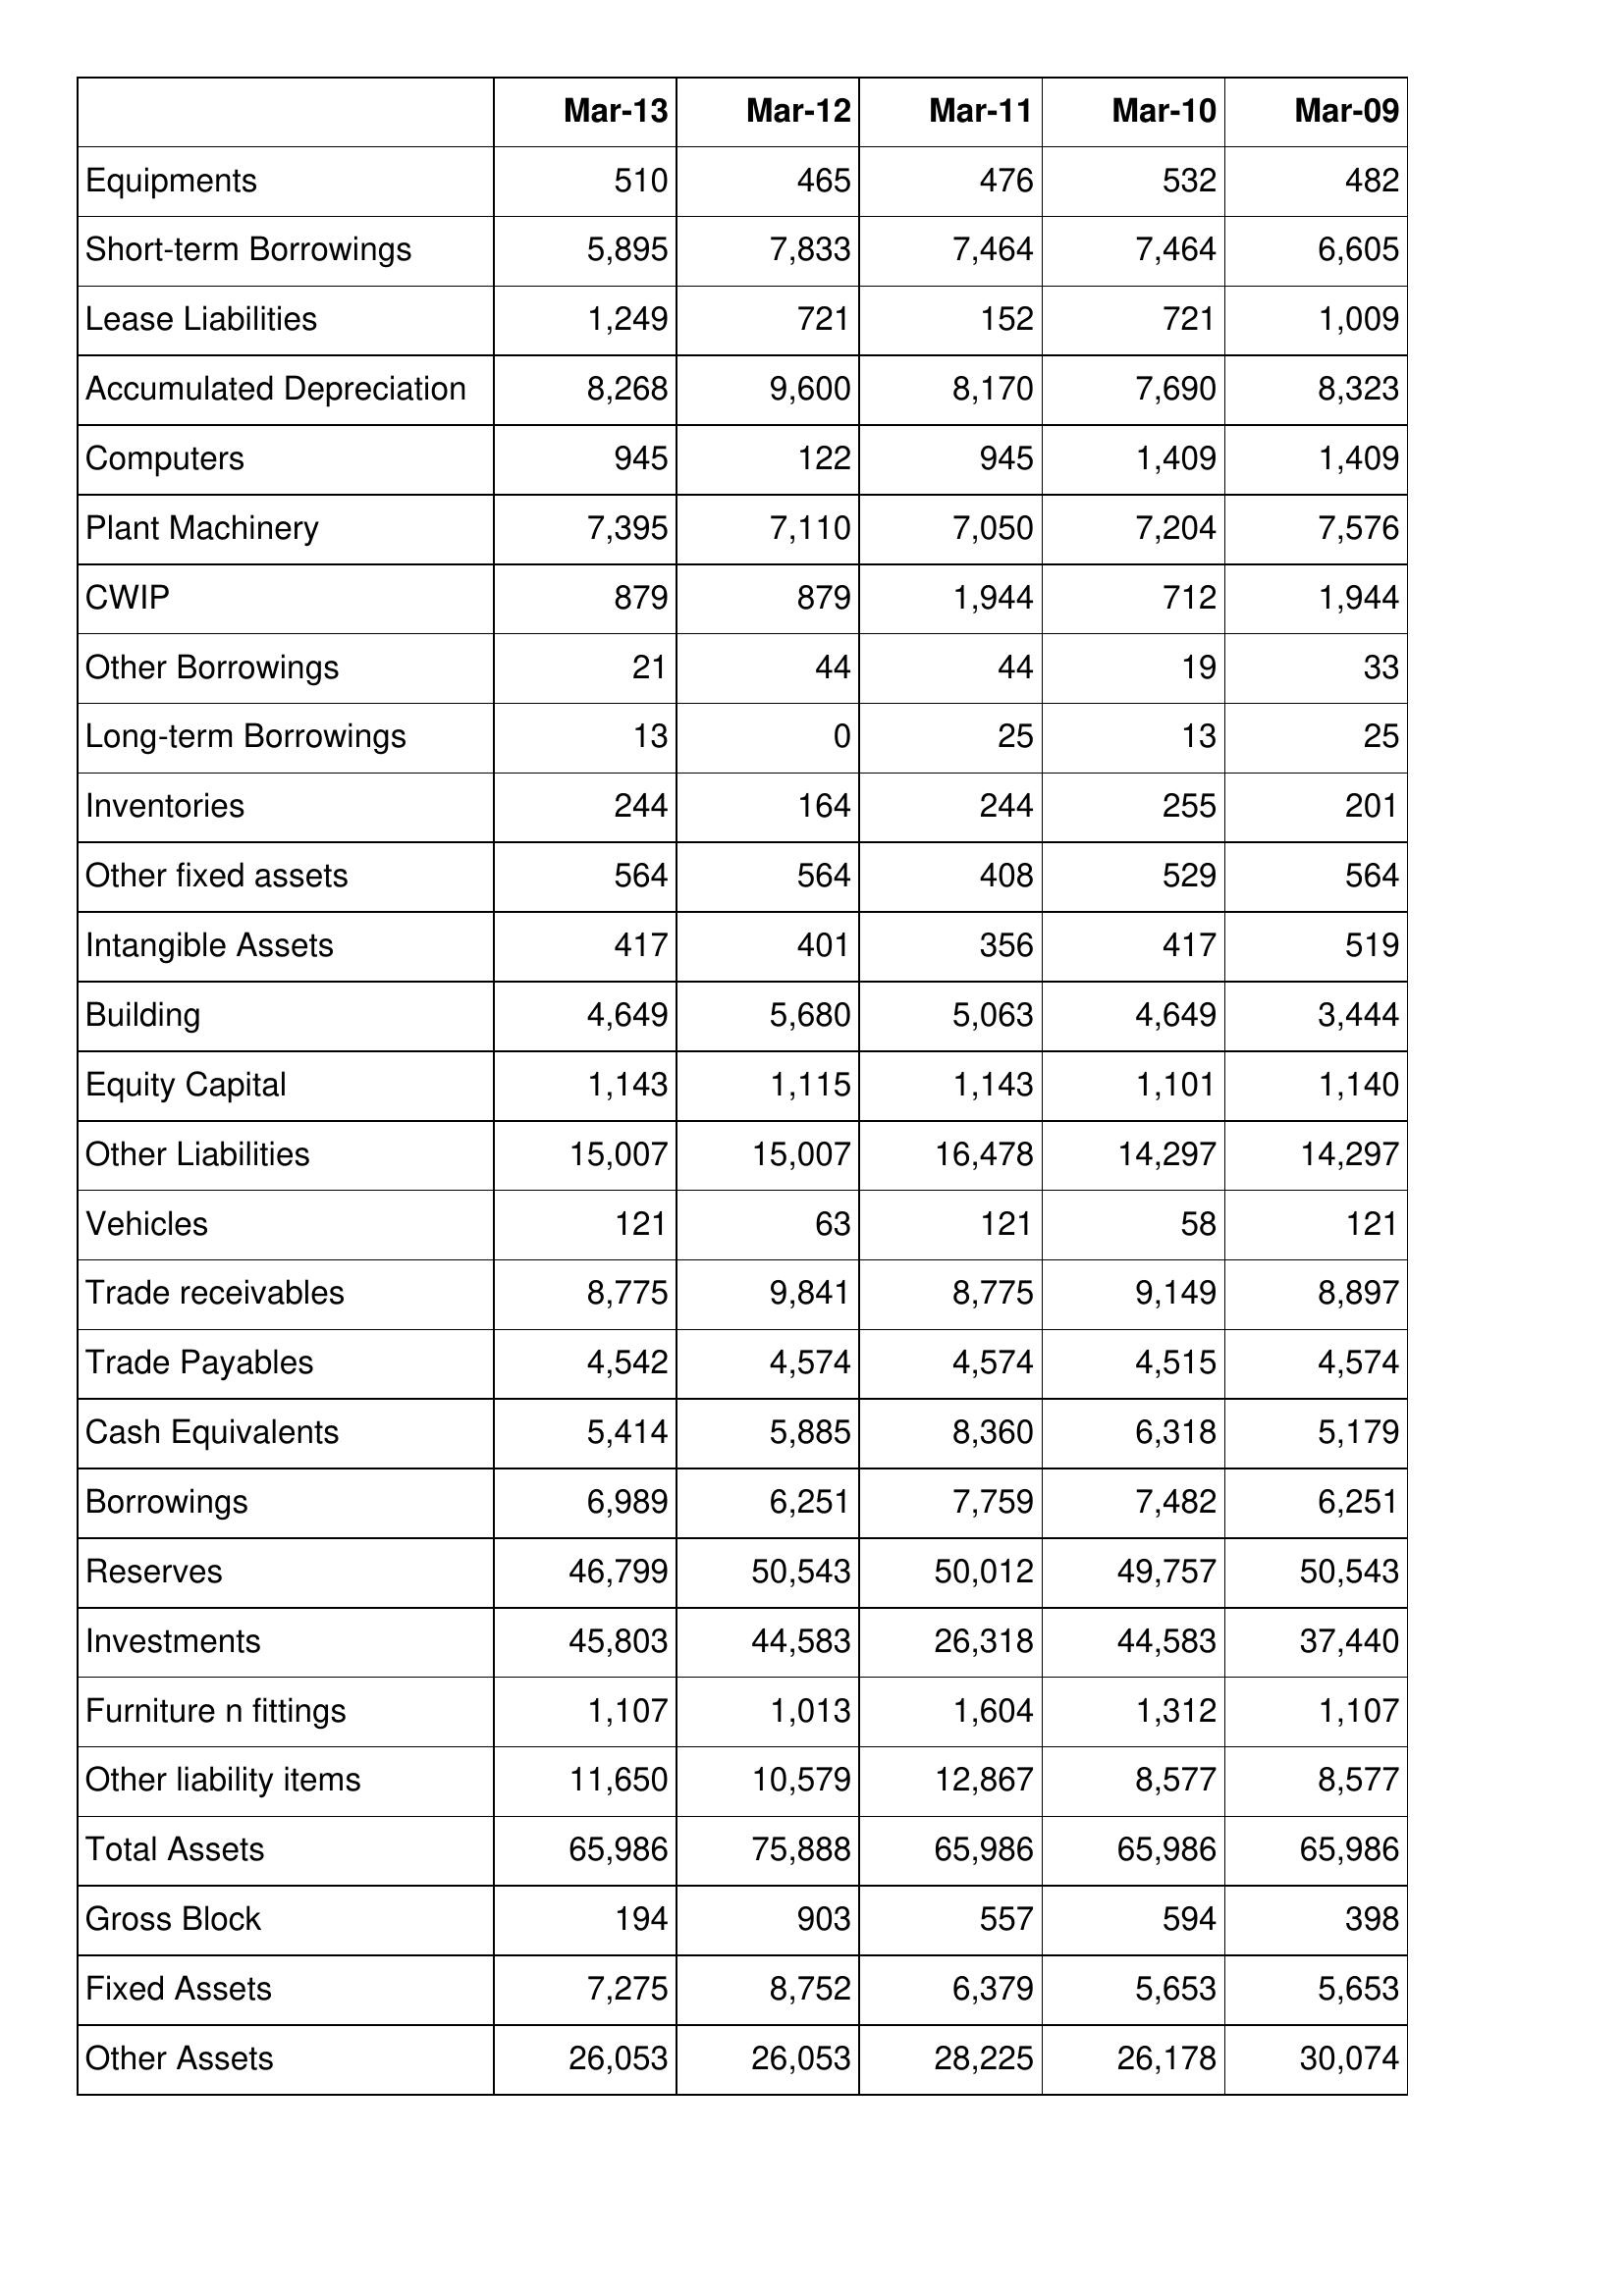
Mar-13: Balance Sheet: Equipments: 510
Short-term Borrowings: 5,895
Lease Liabilities: 1,249
Accumulated Depreciation: 8,268
Computers: 945
Plant Machinery: 7,395
CWIP: 879
Other Borrowings: 21
Long-term Borrowings: 13
Inventories: 244
Other fixed assets: 564
Intangible Assets: 417
Building: 4,649
Equity Capital: 1,143
Other Liabilities: 15,007
Vehicles: 121
Trade receivables: 8,775
Trade Payables: 4,542
Cash Equivalents: 5,414
Borrowings: 6,989
Reserves: 46,799
Investments: 45,803
Furniture n fittings: 1,107
Other liability items: 11,650
Total Assets: 65,986
Gross Block: 194
Fixed Assets: 7,275
Other Assets: 26,053
Mar-12: Balance Sheet: Equipments: 465
Short-term Borrowings: 7,833
Lease Liabilities: 721
Accumulated Depreciation: 9,600
Computers: 122
Plant Machinery: 7,110
CWIP: 879
Other Borrowings: 44
Long-term Borrowings: 0
Inventories: 164
Other fixed assets: 564
Intangible Assets: 401
Building: 5,680
Equity Capital: 1,115
Other Liabilities: 15,007
Vehicles: 63
Trade receivables: 9,841
Trade Payables: 4,574
Cash Equivalents: 5,885
Borrowings: 6,251
Reserves: 50,543
Investments: 44,583
Furniture n fittings: 1,013
Other liability items: 10,579
Total Assets: 75,888
Gross Block: 903
Fixed Assets: 8,752
Other Assets: 26,053
Mar-11: Balance Sheet: Equipments: 476
Short-term Borrowings: 7,464
Lease Liabilities: 152
Accumulated Depreciation: 8,170
Computers: 945
Plant Machinery: 7,050
CWIP: 1,944
Other Borrowings: 44
Long-term Borrowings: 25
Inventories: 244
Other fixed assets: 408
Intangible Assets: 356
Building: 5,063
Equity Capital: 1,143
Other Liabilities: 16,478
Vehicles: 121
Trade receivables: 8,775
Trade Payables: 4,574
Cash Equivalents: 8,360
Borrowings: 7,759
Reserves: 50,012
Investments: 26,318
Furniture n fittings: 1,604
Other liability items: 12,867
Total Assets: 65,986
Gross Block: 557
Fixed Assets: 6,379
Other Assets: 28,225
Mar-10: Balance Sheet: Equipments: 532
Short-term Borrowings: 7,464
Lease Liabilities: 721
Accumulated Depreciation: 7,690
Computers: 1,409
Plant Machinery: 7,204
CWIP: 712
Other Borrowings: 19
Long-term Borrowings: 13
Inventories: 255
Other fixed assets: 529
Intangible Assets: 417
Building: 4,649
Equity Capital: 1,101
Other Liabilities: 14,297
Vehicles: 58
Trade receivables: 9,149
Trade Payables: 4,515
Cash Equivalents: 6,318
Borrowings: 7,482
Reserves: 49,757
Investments: 44,583
Furniture n fittings: 1,312
Other liability items: 8,577
Total Assets: 65,986
Gross Block: 594
Fixed Assets: 5,653
Other Assets: 26,178
Mar-09: Balance Sheet: Equipments: 482
Short-term Borrowings: 6,605
Lease Liabilities: 1,009
Accumulated Depreciation: 8,323
Computers: 1,409
Plant Machinery: 7,576
CWIP: 1,944
Other Borrowings: 33
Long-term Borrowings: 25
Inventories: 201
Other fixed assets: 564
Intangible Assets: 519
Building: 3,444
Equity Capital: 1,140
Other Liabilities: 14,297
Vehicles: 121
Trade receivables: 8,897
Trade Payables: 4,574
Cash Equivalents: 5,179
Borrowings: 6,251
Reserves: 50,543
Investments: 37,440
Furniture n fittings: 1,107
Other liability items: 8,577
Total Assets: 65,986
Gross Block: 398
Fixed Assets: 5,653
Other Assets: 30,074